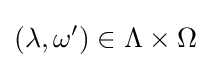
(\lambda ,\omega ')\in \Lambda \times \Omega